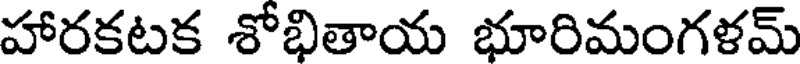
హారకటక శోభితాయ భూరిమంగళమ్